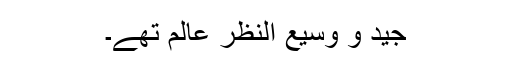
جید و وسیع النظر عالم تھے۔